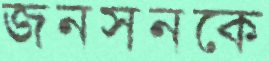
জনসনকে